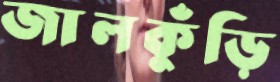
জালকুঁড়ি